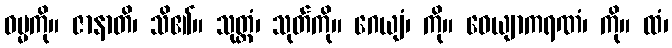
ဓမ္မကို။ ဇာနာတိ၊ သိ၏။ သုတ္တံ၊ သုတ်ကို။ ဂေယျံ၊ ကို။ ဝေယျာကရဏံ၊ ကို။ ထံ၊